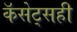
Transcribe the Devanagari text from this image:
कॅसेट्सही